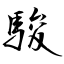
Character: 駿